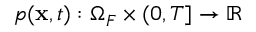
p ( \mathbf { x } , t ) : \Omega _ { F } \times ( 0 , T ] \rightarrow \mathbb { R }